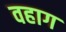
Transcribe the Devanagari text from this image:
वहाग